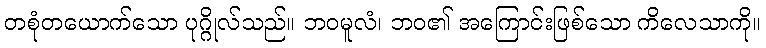
တစုံတယောက်သော ပုဂ္ဂိုလ်သည်။ ဘဝမူလံ၊ ဘဝ၏ အကြောင်းဖြစ်သော ကိလေသာကို။